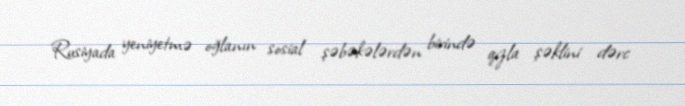
Rusiyada yeniyetmə oğlanın sosial şəbəkələrdən birində qızla şəklini dərc